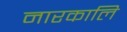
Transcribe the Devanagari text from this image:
नारकालि